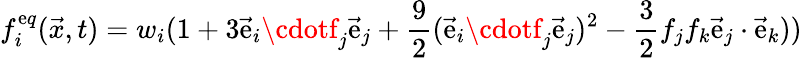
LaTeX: f_{i}^{\mathrm{e}q}(\vec{{x}},t)={w_{i}}(1+3\vec{{\mathrm{e}}}_{i}\cdotf_{j}\vec{{\mathrm{e}}}_{j}+\frac{{9}}{{2}}(\vec{{\mathrm{e}}}_{i}\cdotf_{j}\vec{{\mathrm{e}}}_{j})^{2}-\frac{{3}}{{2}}f_{j}f_{k}\vec{{\mathrm{e}}}_{j}\cdot\vec{{\mathrm{e}}}_{k}))